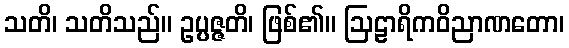
သတိ၊ သတိသည်။ ဥပ္ပဇ္ဇတိ၊ ဖြစ်၏။ ဩဠာရိကဝိညာဏတော၊